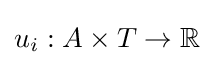
u_{i}:A\times T\rightarrow \mathbb {R}